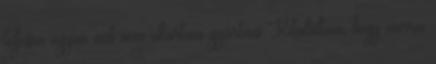
teljesen ugyan azt nem akartam gyártani Kitaláltam, hogy varrni